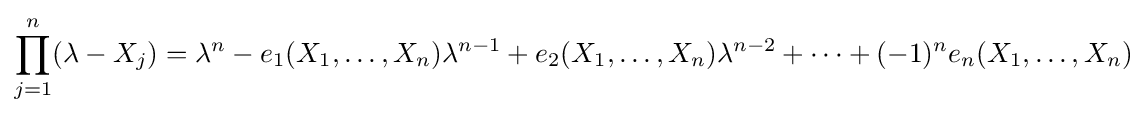
\prod _{j=1}^{n}(\lambda -X_{j})=\lambda ^{n}-e_{1}(X_{1},\ldots ,X_{n})\lambda ^{n-1}+e_{2}(X_{1},\ldots ,X_{n})\lambda ^{n-2}+\cdots +(-1)^{n}e_{n}(X_{1},\ldots ,X_{n})